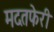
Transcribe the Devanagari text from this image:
मदतफेरी